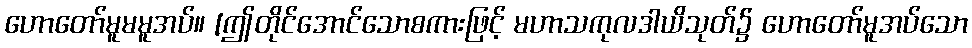
ဟောတော်မူမမူအပ်။ [ဤတိုင်အောင်သောစကားဖြင့် မဟာသကုလဒါယိသုတ်၌ ဟောတော်မူအပ်သော